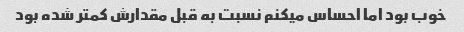
خوب بود اما احساس میکنم نسبت به قبل مقدارش کمتر شده بود